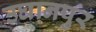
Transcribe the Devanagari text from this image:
उघानपुर